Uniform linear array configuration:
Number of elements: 32
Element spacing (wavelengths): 1
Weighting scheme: uniform
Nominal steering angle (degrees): -15
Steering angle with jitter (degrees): -16.613
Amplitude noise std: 0.05
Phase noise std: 0.05

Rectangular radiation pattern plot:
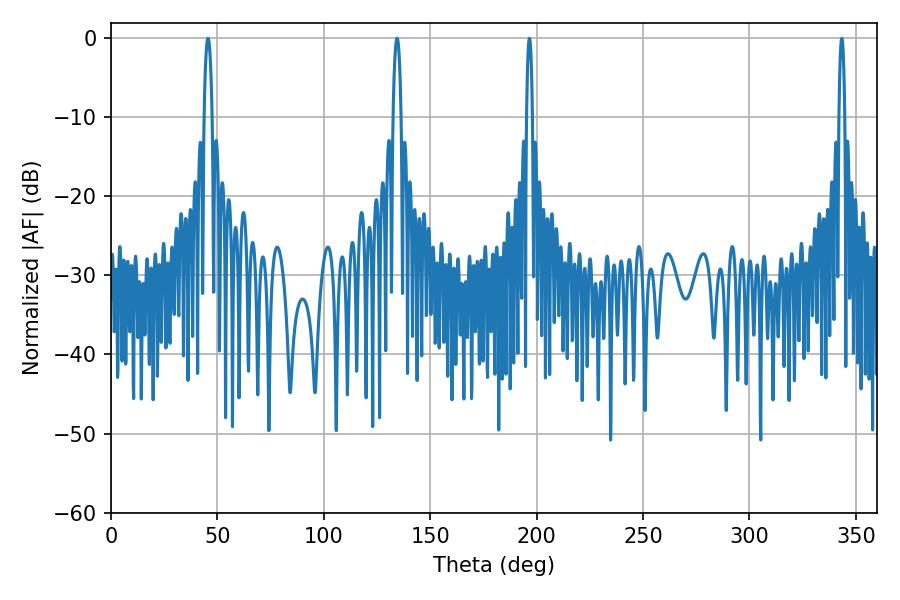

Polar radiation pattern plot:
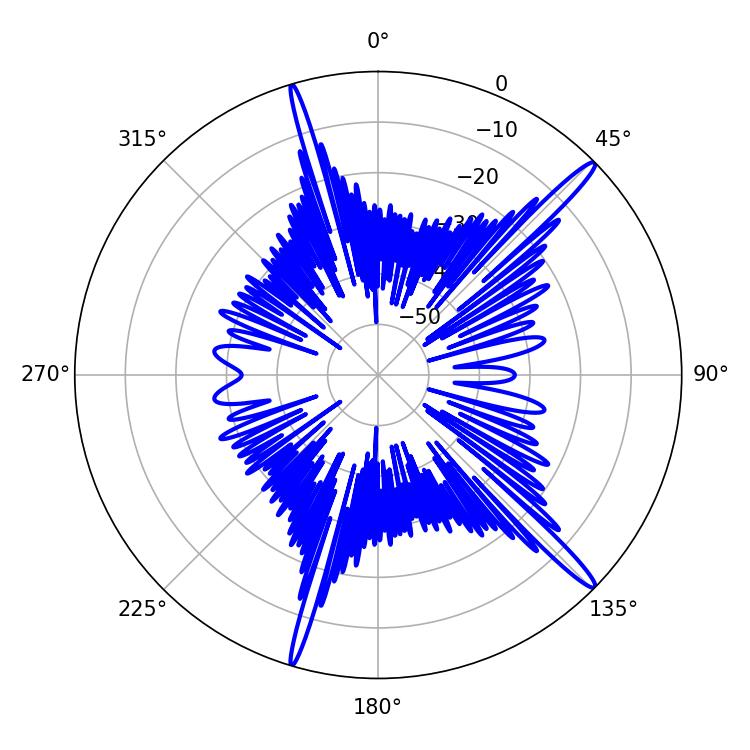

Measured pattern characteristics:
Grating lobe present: TRUE
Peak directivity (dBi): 16.553
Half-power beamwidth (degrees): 2.16
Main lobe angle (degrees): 45.54